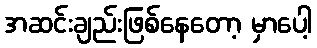
အဆင်းချည်းဖြစ်နေတော့ မှာပေါ့